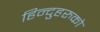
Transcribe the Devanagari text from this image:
हिन्दुहरुको